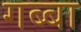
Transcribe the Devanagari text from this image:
गब्बा